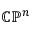
\mathbb { C P } ^ { n }